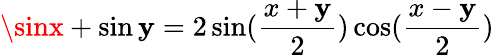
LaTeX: \sinx+\sin\mathbf{y}=2\sin(\frac{{x+\mathbf{y}}}{{2}})\cos(\frac{{x-\mathbf{y}}}{{2}})